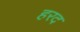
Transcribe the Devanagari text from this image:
हरद